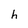
Character: h